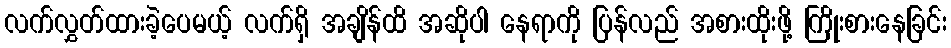
လက်လွှတ်ထားခဲ့ပေမယ့် လက်ရှိ အချိန်ထိ အဆိုပါ နေရာကို ပြန်လည် အစားထိုးဖို့ ကြိုးစားနေခြင်း